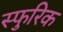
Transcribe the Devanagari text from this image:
स्फुरिक